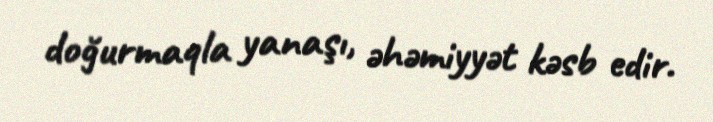
doğurmaqla yanaşı, əhəmiyyət kəsb edir.